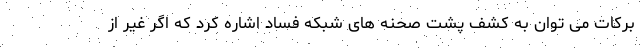
برکات می توان به کشف پشت صحنه های شبکه فساد اشاره کرد که اگر غیر از